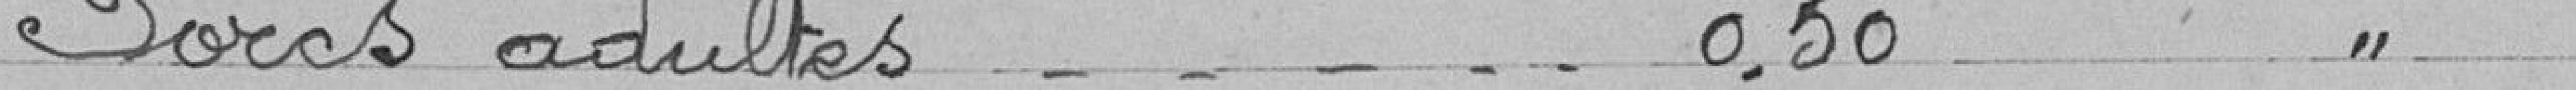
Procs adultes . . . . . 0,50